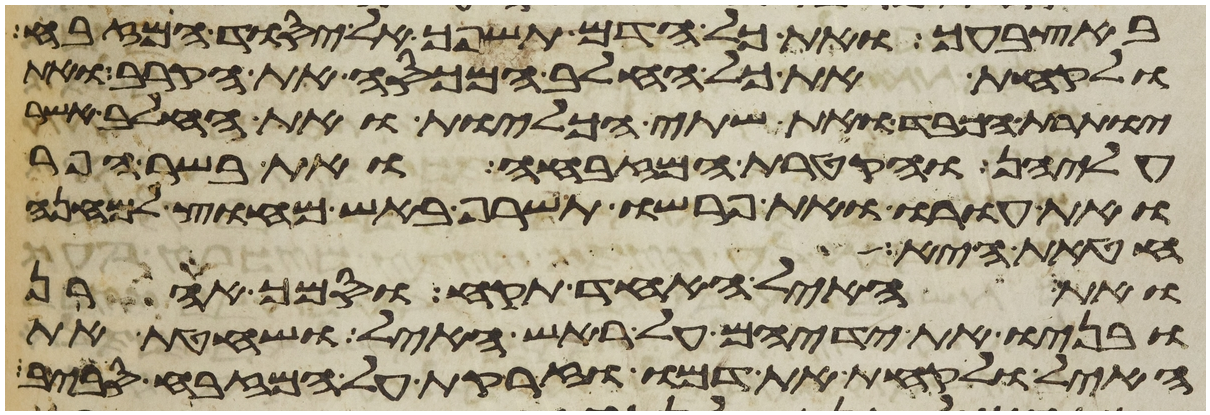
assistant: באצבעך ואת כל הדם תשפך אל יסוד המזבח
ולקחת את כל החלב המכסה את הקרב ואת
יותרת הכבד ואת שתי הכליות ואת החלב אשר
עליהן והקטרת המזבחה ואת בשר הפר
ואת עורו ואת פרשו תשרף באש מחוץ למחנה
חטאת היא
ואת האיל האחד תקח וסמך אהרן
ובניו את ידיהם על ראש האיל ושחטת את
האיל ולקחת את דמו וזרקת על המזבח סביב